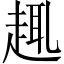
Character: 𧼈